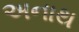
અનાથ